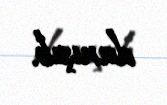
danışıb.